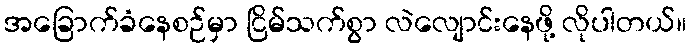
အခြောက်ခံနေစဉ်မှာ ငြိမ်သက်စွာ လဲလျောင်းနေဖို့ လိုပါတယ်။